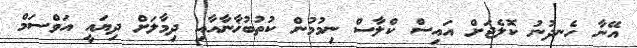
އޭނާ ހެނދުނު ކޮލެޖަށް އައިސް ކްލާސް ނިމުމުން ކުތުބުޚާނާއާއި ދިމާލަށް ދިޔައީ އަވްސަމް